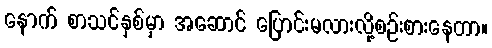
နောက် စာသင်နှစ်မှာ အဆောင် ပြောင်းမလားလို့စဉ်းစားနေတာ။